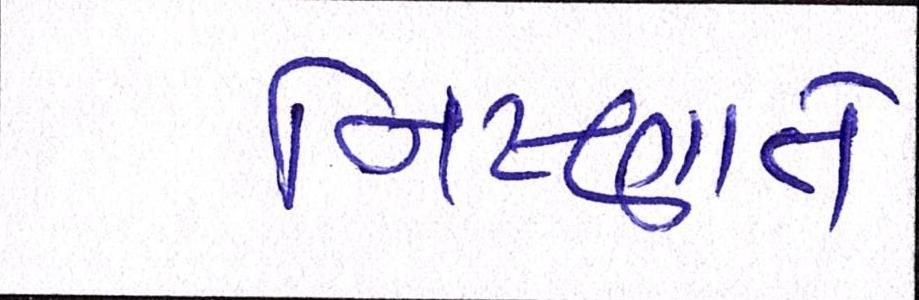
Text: નિષ્ણાતે